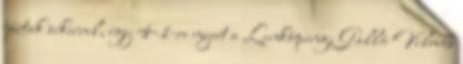
jártak sikerrel, így 4-1-re nyert a Linköping. Galló Vilmos